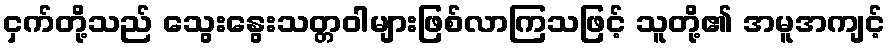
ငှက်တို့သည် သွေးနွေးသတ္တဝါများဖြစ်လာကြသဖြင့် သူတို့၏ အမူအကျင့်